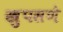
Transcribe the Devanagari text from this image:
खुपसणे